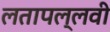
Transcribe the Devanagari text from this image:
लतापल्लवी